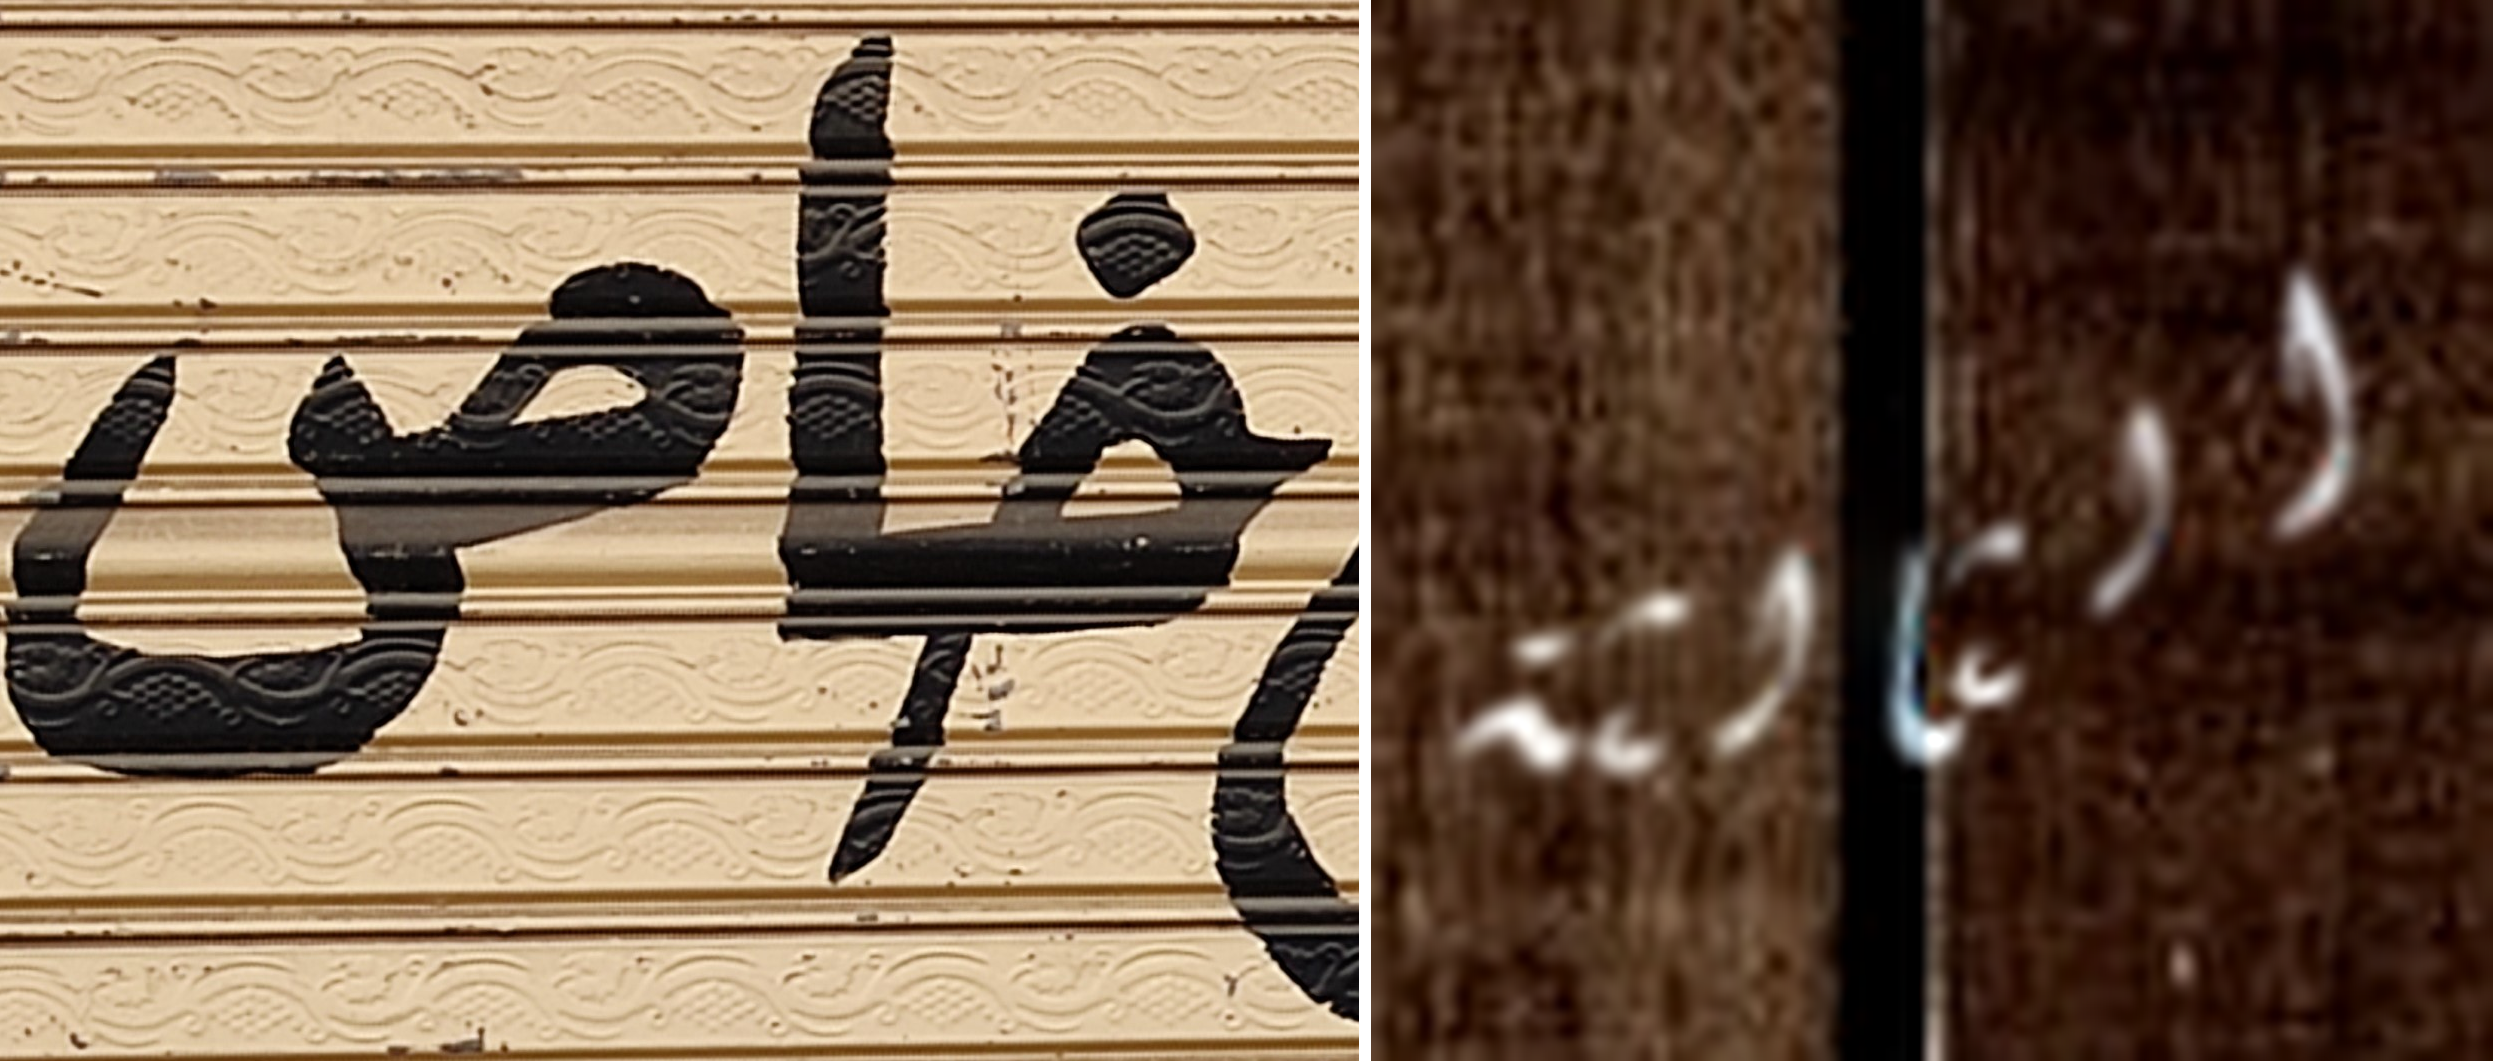
خاص الثالثة